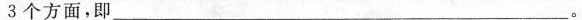
3个方面，即___。